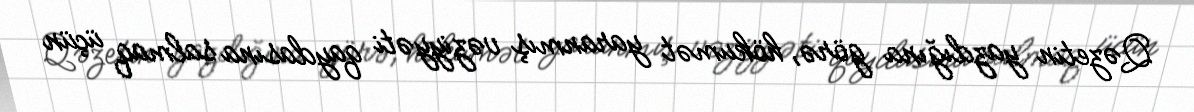
Qəzetin yazdığına görə, hökumət yaranmış vəziyyəti qaydasına salmaq üçün